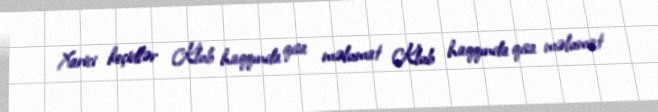
Xarici keçidlər Klub haqqında qısa məlumat Klub haqqında qısa məlumat